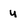
Character: u